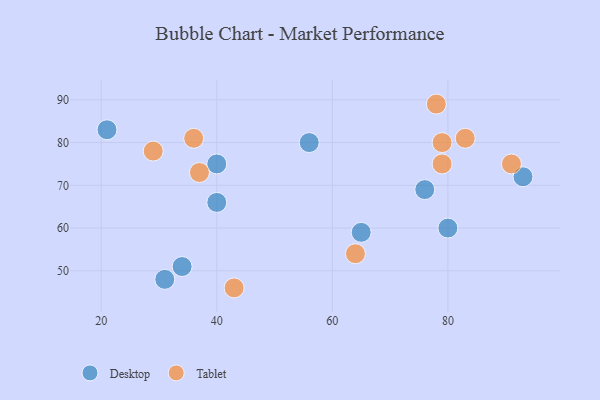
{"axis": {"x": "GDP", "y": "Life Expectancy"}, "legend": ["Desktop", "Tablet"], "data": [{"x": "40", "y": 66, "type": "Desktop"}, {"x": "21", "y": 83, "type": "Desktop"}, {"x": "76", "y": 69, "type": "Desktop"}, {"x": "65", "y": 59, "type": "Desktop"}, {"x": "80", "y": 60, "type": "Desktop"}, {"x": "34", "y": 51, "type": "Desktop"}, {"x": "93", "y": 72, "type": "Desktop"}, {"x": "56", "y": 80, "type": "Desktop"}, {"x": "31", "y": 48, "type": "Desktop"}, {"x": "40", "y": 75, "type": "Desktop"}, {"x": "79", "y": 80, "type": "Tablet"}, {"x": "78", "y": 89, "type": "Tablet"}, {"x": "79", "y": 75, "type": "Tablet"}, {"x": "91", "y": 75, "type": "Tablet"}, {"x": "64", "y": 54, "type": "Tablet"}, {"x": "37", "y": 73, "type": "Tablet"}, {"x": "29", "y": 78, "type": "Tablet"}, {"x": "83", "y": 81, "type": "Tablet"}, {"x": "36", "y": 81, "type": "Tablet"}, {"x": "43", "y": 46, "type": "Tablet"}]}